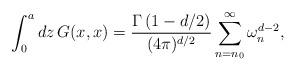
LaTeX: \begin{align*}\int_{0}^{a}dz\,G(x,x)={\Gamma\left(1-d/2\right)\over(4\pi)^{d/2}}\sum_{n=n_0}^{\infty}\omega_{n}^{d-2},\end{align*}